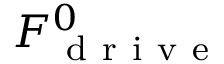
F _ { \mathrm { ~ d ~ r ~ i ~ v ~ e ~ } } ^ { 0 }